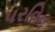
પરવિન